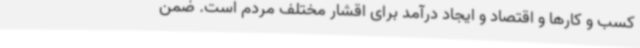
کسب و کارها و اقتصاد و ایجاد درآمد برای اقشار مختلف مردم است. ضمن